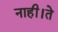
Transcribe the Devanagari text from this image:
नाही।ते